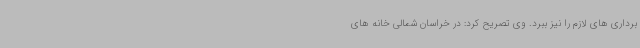
برداری های لازم را نیز ببرد. وی تصریح کرد: در خراسان شمالی خانه های